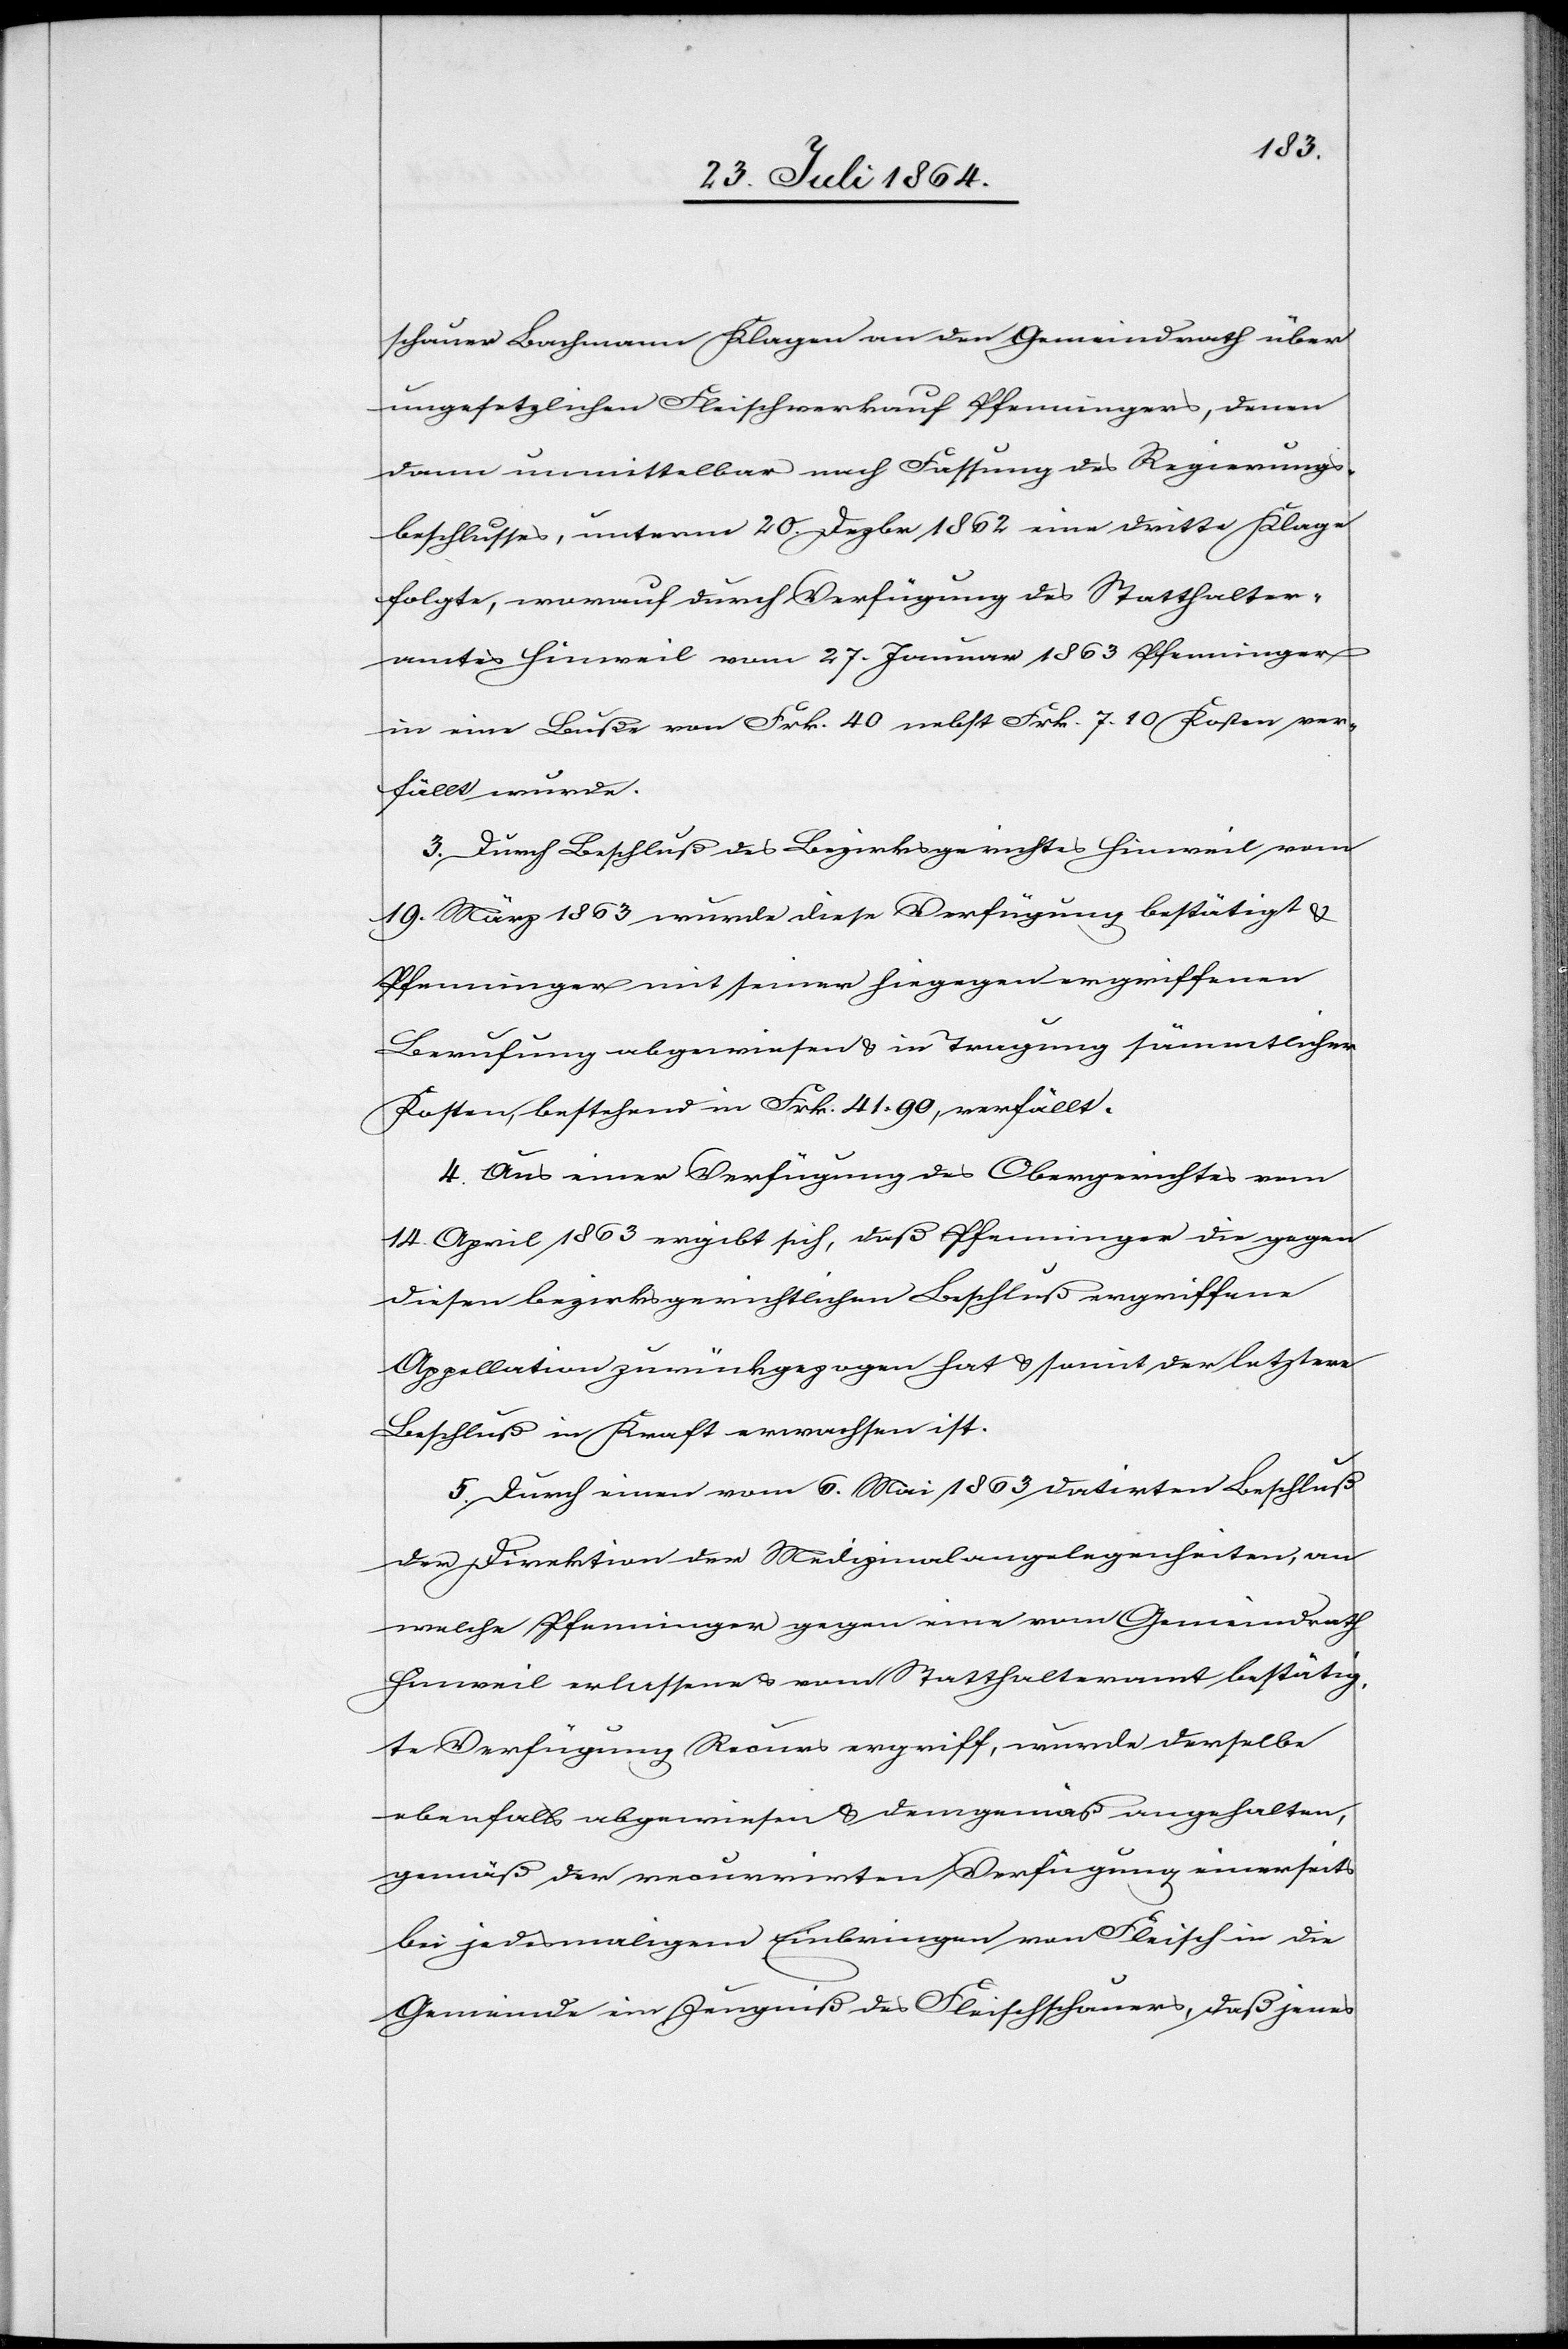
schauer Bachmann Klagen an den Gemeindrath über
ungesetzlichen Fleischverkauf Pfenningers, denen
dann unmittelbar nach Fassung des Regierungs¬
beschlusses, unterm 20. Dezbr 1862 eine dritte Klage
folgte, worauf durch Verfügung des Statthalter¬
amtes Hinweil vom 27. Januar 1863 Pfenninger
in eine Buße von Frk. 40 nebst Frk. 7.10 Kosten ver¬
fällt wurde.
3. Durch Beschluß des Bezirksgerichts Hinweil vom
19. März 1863 wurde diese Verfügung bestätigt &
Pfenninger mit seiner hiegegen ergriffenen
Berufung abgewiesen & in Tragung sämtlicher
Kosten, bestehend in Frk. 41.90, verfällt.
4. Aus einer Verfügung des Obergerichtes vom
14. April 1863 ergibt sich, daß Pfenninger die gegen
diesen bezirksgerichtlichen Beschluß ergriffene
Appellation zurückgezogen hat & somit der letztere
Beschluß in Kraft erwachsen ist.
5. Durch einen vom 6. Mai 1863 datirten Beschluß
der Direktion der Medizinalangelegenheiten, an
welche Pfenninger gegen eine vom Gemeindrath
Hinweil erlassene & vom Statthalteramt bestätig¬
te Verfügung Recurs ergriff, wurde derselbe
ebenfalls abgewiesen & demgemäß angehalten,
gemäß der recurrirten Verfügung einerseits
bei jedesmaligem Einbringen von Fleisch in die
Gemeinde ein Zeugniß des Fleischschauers, daß jenes